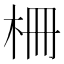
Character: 柵